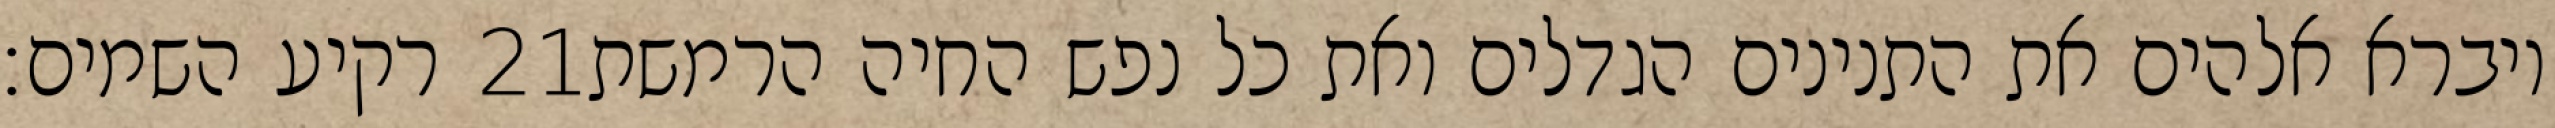
רקיע השמים׃ ‎21‏ ויברא אלהים את התנינים הגדלים ואת כל נפש החיה הרמשת